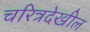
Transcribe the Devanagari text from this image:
चरित्रदेखील